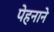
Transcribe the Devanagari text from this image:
पेहनाने